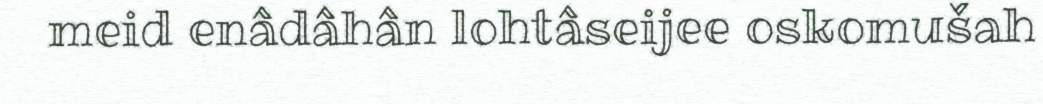
meid enâdâhân lohtâseijee oskomušah